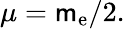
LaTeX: \mu=\mathsf{m}_{\mathrm{{e}}}/2.